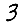
Digit: 3